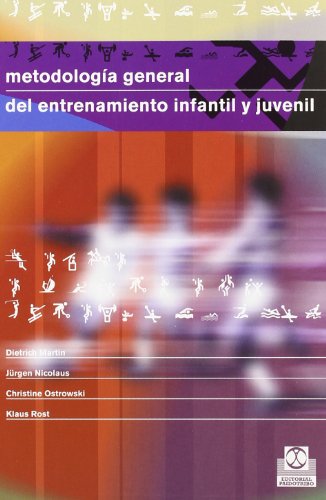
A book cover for MetodologÃ­a General Del Entrenamiento Infantil Y Juvenil (Spanish Edition); Martin Dietrich; Humor & Entertainment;